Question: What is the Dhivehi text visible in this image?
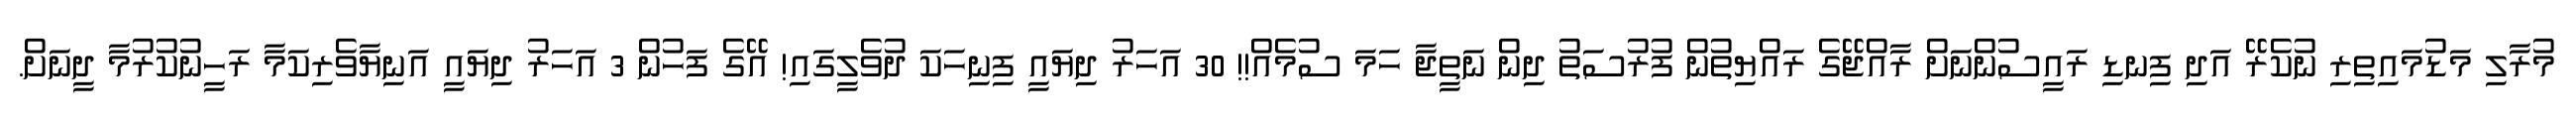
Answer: މުރާލި މަޑުމައިތިރި ނުކެރޭ އަދި ފިނޑި ރައީސުންނަށް ރާއްޖޭގެ ރައްޔިތުން ފުރުސަތު ދިން ނަތީޖާ ހަމަ ސުމެއް!! 30 އަހަރު ދިޔައީ ފިނިހަކަ ދުވެލީގައި! އޭގެ ފަހުން 3 އަހަރު ދިޔައީ އަނިޔާވެރިކަމާ ރަހީނުކުރުމާ ދީނަށް.